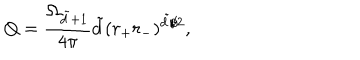
LaTeX: Q = \frac { \Omega _ { \tilde { d } + 1 } } { 4 \pi } \tilde { d } ( r _ { + } r _ { - } ) ^ { \tilde { d } / 2 } ,